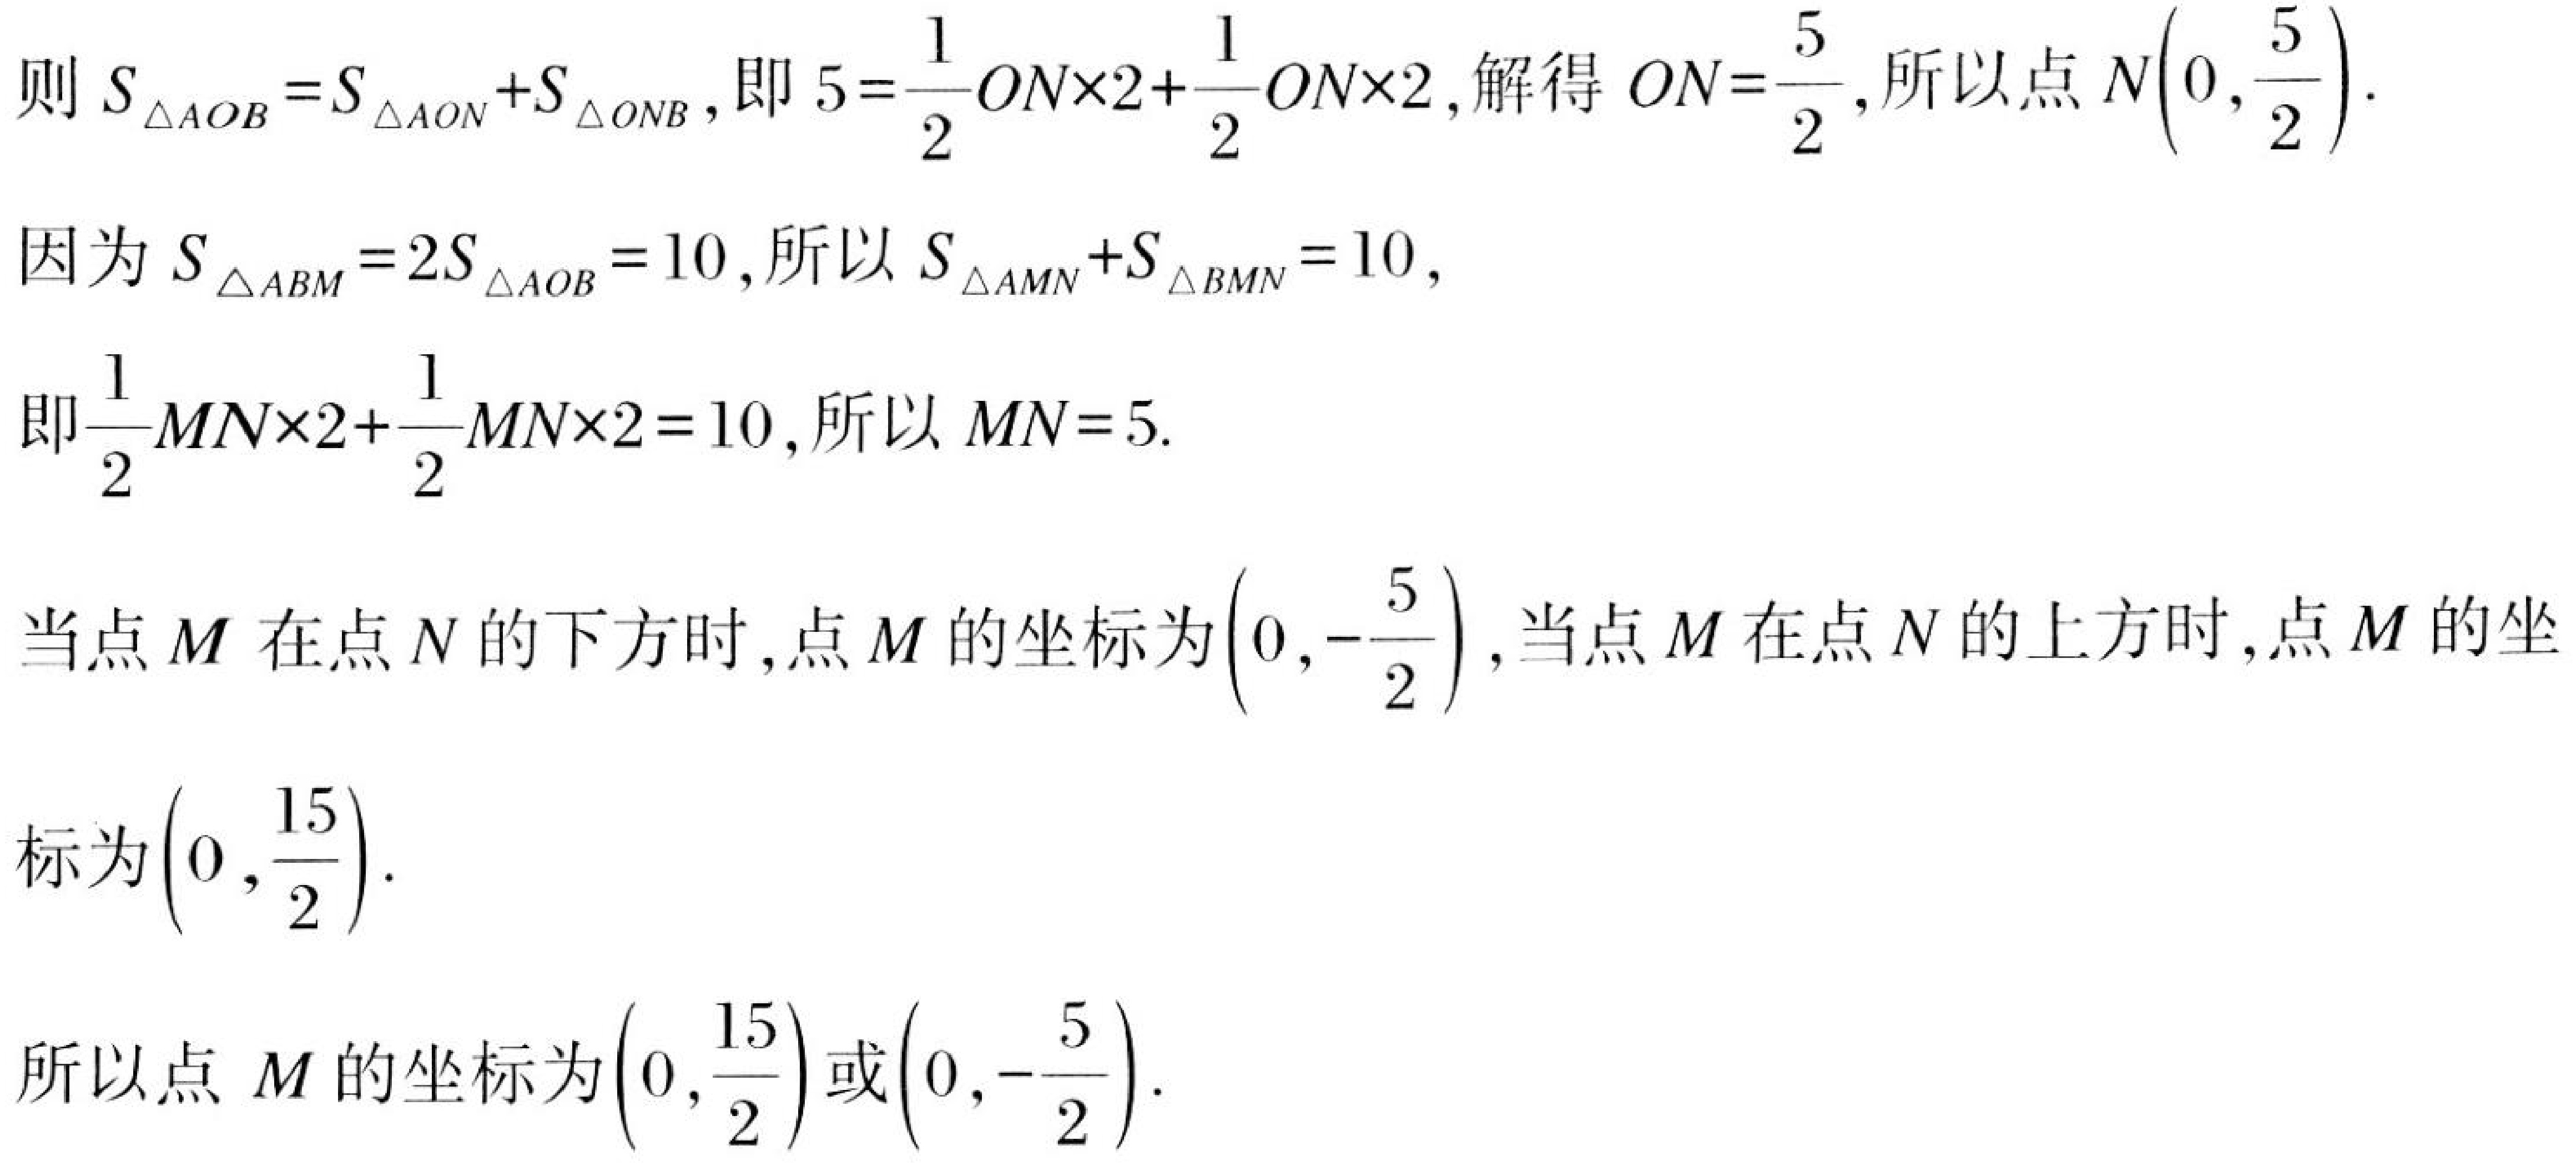
则 \(S_{\triangle AOB}=S_{\triangle AON}+S_{\triangle ONB}\),即 \(5 = \frac{1}{2}ON\times2+\frac{1}{2}ON\times2\),解得 \(ON = \frac{5}{2}\),所以点 \(N\left(0,\frac{5}{2}\right)\).
因为 \(S_{\triangle ABM}=2S_{\triangle AOB}=10\),所以 \(S_{\triangle AMN}+S_{\triangle BMN}=10\),
即\(\frac{1}{2}MN\times2+\frac{1}{2}MN\times2 = 10\),所以 \(MN = 5\).
当点 \(M\) 在点 \(N\) 的下方时,点 \(M\) 的坐标为\(\left(0,-\frac{5}{2}\right)\),当点 \(M\) 在点 \(N\) 的上方时,点 \(M\) 的坐标为\(\left(0,\frac{15}{2}\right)\).
所以点 \(M\) 的坐标为\(\left(0,\frac{15}{2}\right)\)或\(\left(0,-\frac{5}{2}\right)\).